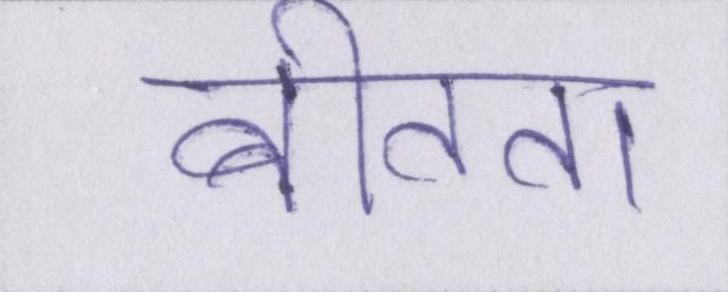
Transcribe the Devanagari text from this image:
बीतता